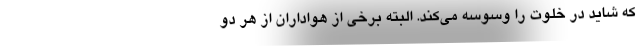
که شاید در خلوت را وسوسه می‌کند. البته برخی از هواداران از هر دو